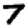
Digit: 7